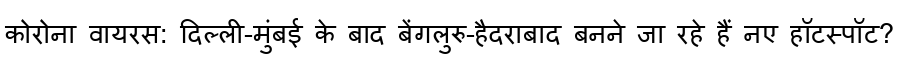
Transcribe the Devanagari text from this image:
कोरोना वायरस: दिल्ली-मुंबई के बाद बेंगलुरु-हैदराबाद बनने जा रहे हैं नए हॉटस्पॉट?